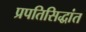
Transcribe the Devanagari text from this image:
प्रपतिसिद्धांत